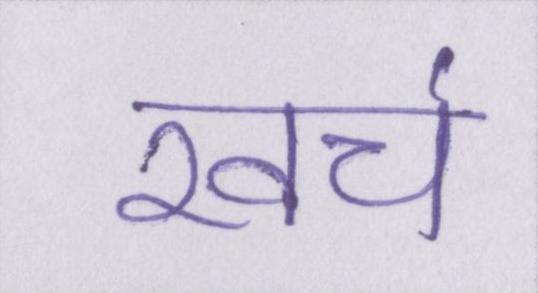
खच॔